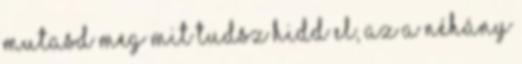
mutasd meg mit tudsz Hidd el, az a néhány